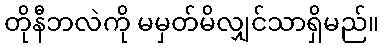
တိုနီဘလဲကို မမှတ်မိလျှင်သာရှိမည်။